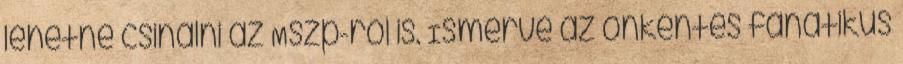
lehetne csinálni az Mszp-ről is. Ismerve az önkéntes fanatikus